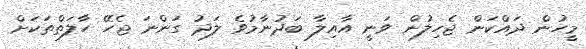
މީހުން ދައްކަން ޖެހިލުން ވަނީ އާއިލާ ބަދުނާމުވެ ލަދު ގަންނަ ޖެހޭ ހާލަތްތަކަށް